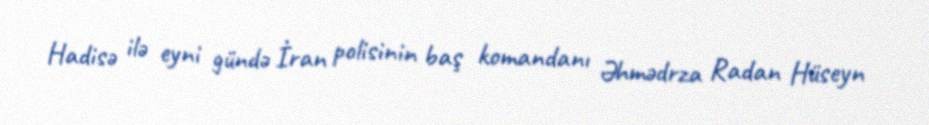
Hadisə ilə eyni gündə İran polisinin baş komandanı Əhmədrza Radan Hüseyn